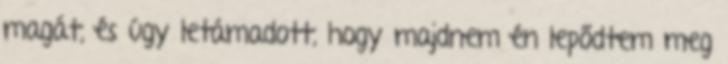
magát, és úgy letámadott, hogy majdnem én lepődtem meg